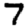
Digit: 7